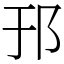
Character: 邘